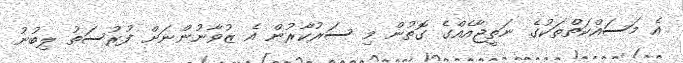
އެ މަސައްކަތްތަކުގެ ނަތީޖާއެއްގެ ގޮތުން މި ސަރުކާރުން އެ ޒުވާނުންނަށް ފުރުސަތު ލިބުނު